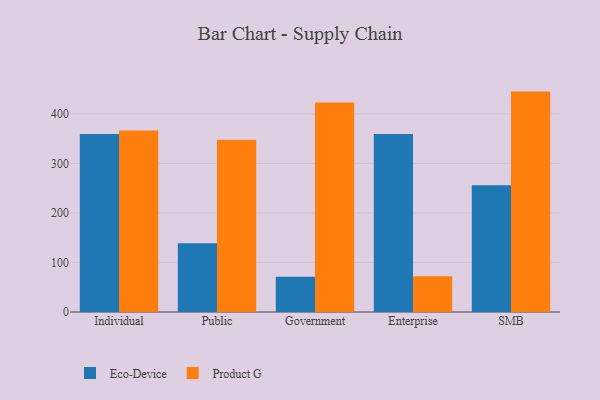
{"axis": {"x": "Segment", "y": "Conversion Rate (%)"}, "legend": ["Eco-Device", "Product G"], "data": [{"x": "Individual", "y": 359.4, "type": "Eco-Device"}, {"x": "Individual", "y": 366.3, "type": "Product G"}, {"x": "Public", "y": 138.6, "type": "Eco-Device"}, {"x": "Public", "y": 347.6, "type": "Product G"}, {"x": "Government", "y": 71.4, "type": "Eco-Device"}, {"x": "Government", "y": 422.8, "type": "Product G"}, {"x": "Enterprise", "y": 359.3, "type": "Eco-Device"}, {"x": "Enterprise", "y": 72.2, "type": "Product G"}, {"x": "SMB", "y": 255.7, "type": "Eco-Device"}, {"x": "SMB", "y": 444.9, "type": "Product G"}]}